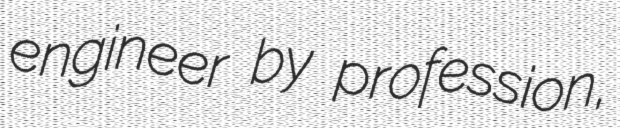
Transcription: engineer by profession,